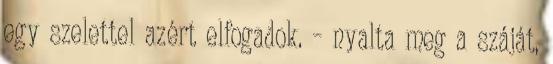
egy szelettel azért elfogadok. – nyalta meg a száját,